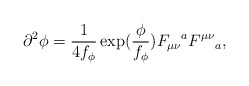
\begin{align*}\partial^2\phi=\frac{1}{4f_\phi}\exp(\frac{\phi}{f_\phi})F_{\mu\nu}{}^a F^{\mu\nu}{}_a,\end{align*}